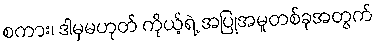
စကား၊ ဒါမှမဟုတ် ကိုယ့်ရဲ့ အပြုအမူတစ်ခုအတွက်